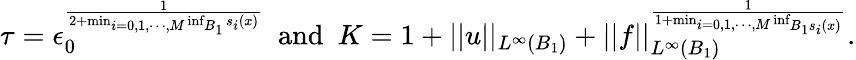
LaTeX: \tau=\epsilon_{0}^{\frac{1}{2+\operatorname*{min}_{i=0,1,\cdots,M}\operatorname*{inf}_{B_{1}}s_{i}(x)}}\ \ \mathrm{and}\ \ K=1+||u||_{L^{\infty}(B_{1})}+||f||_{L^{\infty}(B_{1})}^{\frac{1}{1+\operatorname*{min}_{i=0,1,\cdots,M}\operatorname*{inf}_{B_{1}s_{i}(x)}}}.